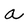
Character: a